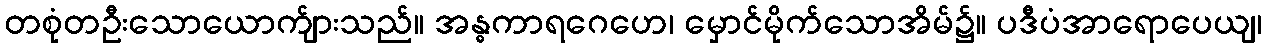
တစုံတဦးသောယောက်ျားသည်။ အန္ဓကာရဂေဟေ၊ မှောင်မိုက်သောအိမ်၌။ ပဒီပံအာရောပေယျ၊